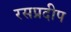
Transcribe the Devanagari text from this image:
रसप्रदीप